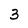
Character: 3